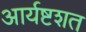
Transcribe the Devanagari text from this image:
आर्यष्टशत